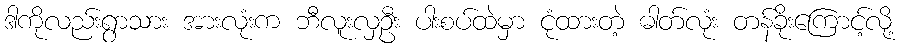
ဒါကိုလည်းရွာသား အားလုံးက ဘီလူးလှဦး ပါးစပ်ထဲမှာ ငုံထားတဲ့ ဓါတ်လုံး တန်ခိုးကြောင့်လို့